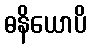
ဓနိယောပိ